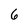
Character: 6